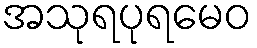
အသုရပုရမေဝ